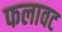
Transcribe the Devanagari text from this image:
फलावट